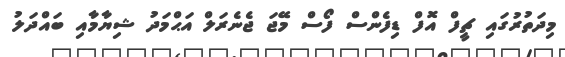
މިދަތުރުގައި ޗީފް އޮފް ޑިފެންސް ފޯސް މޭޖަ ޖެނެރަލް އަޙްމަދު ޝިޔާމާއި ބައްދަލު